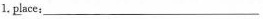
1.\underline{pl}ace:___